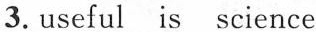
3.useful is science